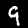
Digit: 9